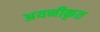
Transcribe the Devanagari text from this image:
अयनीकृत